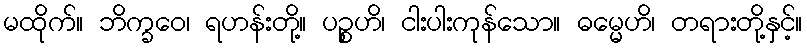
မထိုက်။ ဘိက္ခဝေ၊ ရဟန်းတို့။ ပဉ္စဟိ၊ ငါးပါးကုန်သော။ ဓမ္မေဟိ၊ တရားတို့နှင့်။